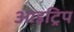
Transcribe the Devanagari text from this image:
आइट्रिप